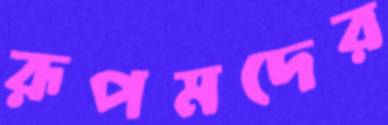
রূপমদের